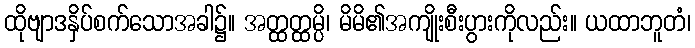
ထိုဗျာဒနှိပ်စက်သောအခါ၌။ အတ္ထတ္ထမ္ပိ၊ မိမိ၏အကျိုးစီးပွားကိုလည်း။ ယထာဘူတံ၊